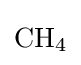
{\mathrm {CH} {\vphantom {A}}_{\smash[{t}]{4}}}